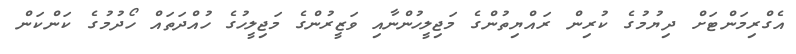
އެގްރިމަންޓަށް ދިޔުމުގެ ކުރިން ރައްޔިތުންގެ މަޖިލީހުންނާއި ވަޒީރުންގެ މަޖިލީހުގެ ހުއްދަތައް ހޯދުމުގެ ކަންކަން